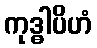
ကုဒ္ဓါပိဟံ